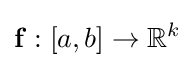
\mathbf {f} :[a,b]\to \mathbb {R} ^{k}